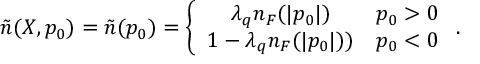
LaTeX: \tilde { n } ( X , p _ { 0 } ) = \tilde { n } ( p _ { 0 } ) = \left\{ \begin{array} { c c } { { \lambda _ { q } n _ { F } ( | p _ { 0 } | ) } } & { { p _ { 0 } > 0 } } \\ { { 1 - \lambda _ { q } n _ { F } ( | p _ { 0 } | ) ) } } & { { p _ { 0 } < 0 } } \end{array} \right. .